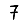
Digit: 7